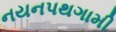
નયનપથગામી